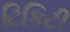
ટિકિટી